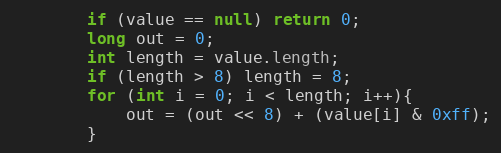
Language: Java
        if (value == null) return 0;
        long out = 0;
        int length = value.length;
        if (length > 8) length = 8;
        for (int i = 0; i < length; i++){
            out = (out << 8) + (value[i] & 0xff);
        }